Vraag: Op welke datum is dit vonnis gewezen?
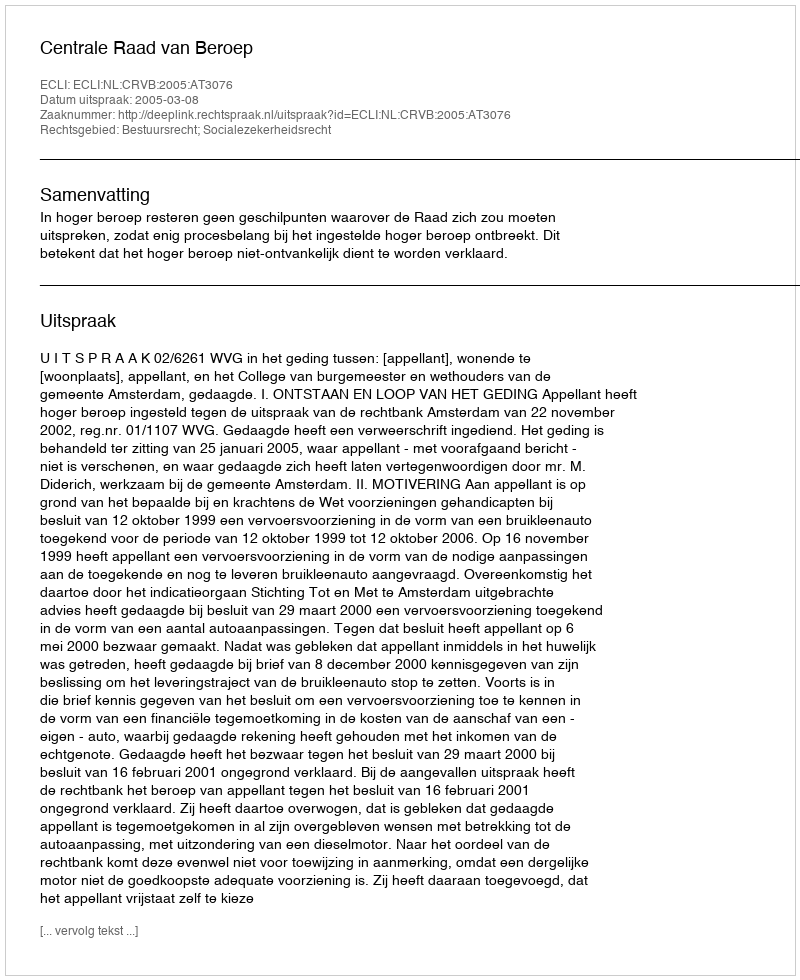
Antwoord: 2005-03-08